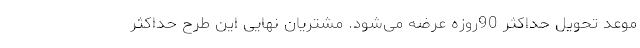
موعد تحویل حداکثر 90روزه عرضه می‌شود. مشتریان نهایی این طرح حداکثر